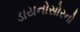
ડાયનોસોરનો